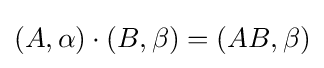
(A,\alpha )\cdot (B,\beta )=(AB,\beta )